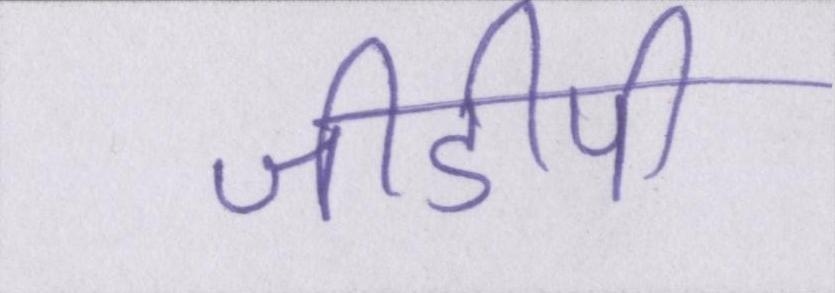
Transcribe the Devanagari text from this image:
जीडीपी